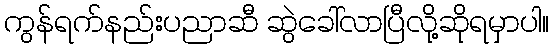
ကွန်ရက်နည်းပညာဆီ ဆွဲခေါ်လာပြီလို့ဆိုရမှာပါ။